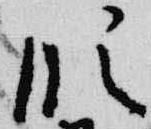
段